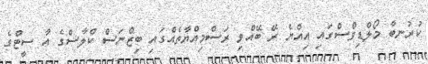
ކުރުނބާ މޯލްޑިވްސްގައި އިއްޔެ ރޭ ބޭއްވި ރަސްމިއްޔާތެއްގައި ބިޒްނަސް ކްލާސްގެ އާ ސީޓްގެ